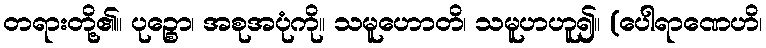
တရားတို့၏။ ပုဉ္စော၊ အစုအပုံကို။ သမူဟောတိ၊ သမူဟဟူ၍။ (ပေါရာဏေဟိ၊